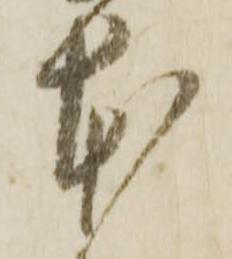
本